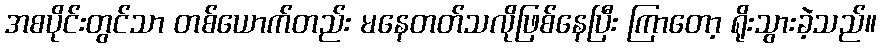
အစပိုင်းတွင်သာ တစ်ယောက်တည်း မနေတတ်သလိုဖြစ်နေပြီး ကြာတော့ ရိုးသွားခဲ့သည်။